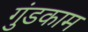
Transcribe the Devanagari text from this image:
गुंडकाम